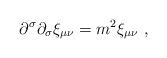
LaTeX: \begin{align*}\partial^\sigma\partial_\sigma \xi_{\mu\nu}=m^2\xi_{\mu\nu}~,\end{align*}